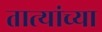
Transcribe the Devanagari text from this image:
तात्यांच्या